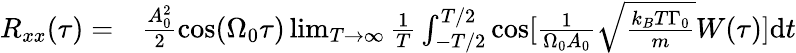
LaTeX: \begin{array}{rl}{R_{xx}(\tau)=}&{{}\frac{A_{0}^{2}}{2}\mathrm{cos}(\Omega_{0}\tau)\operatorname*{lim}_{T\rightarrow\infty}\frac{1}{T}\int_{-T/2}^{T/2}\mathrm{cos}[\frac{1}{\Omega_{0}A_{0}}\sqrt{\frac{k_{B}T\Gamma_{0}}{m}}W(\tau)]\mathrm{d}t}\end{array}